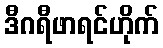
ဒီဂရီဖာရင်ဟိုက်